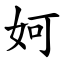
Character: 妸